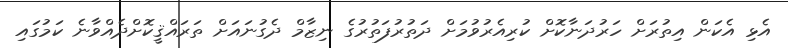
އެޅި އެކަން އިތުރަށް ހަރުދަނާކޮށް ކުރިއެރުވުމަށް ދަތުރުފަތުރުގެ ނިޒާމް ދެގުނައަށް ތަރައްޤީކޮށްދެއްވާނެ ކަމުގައި